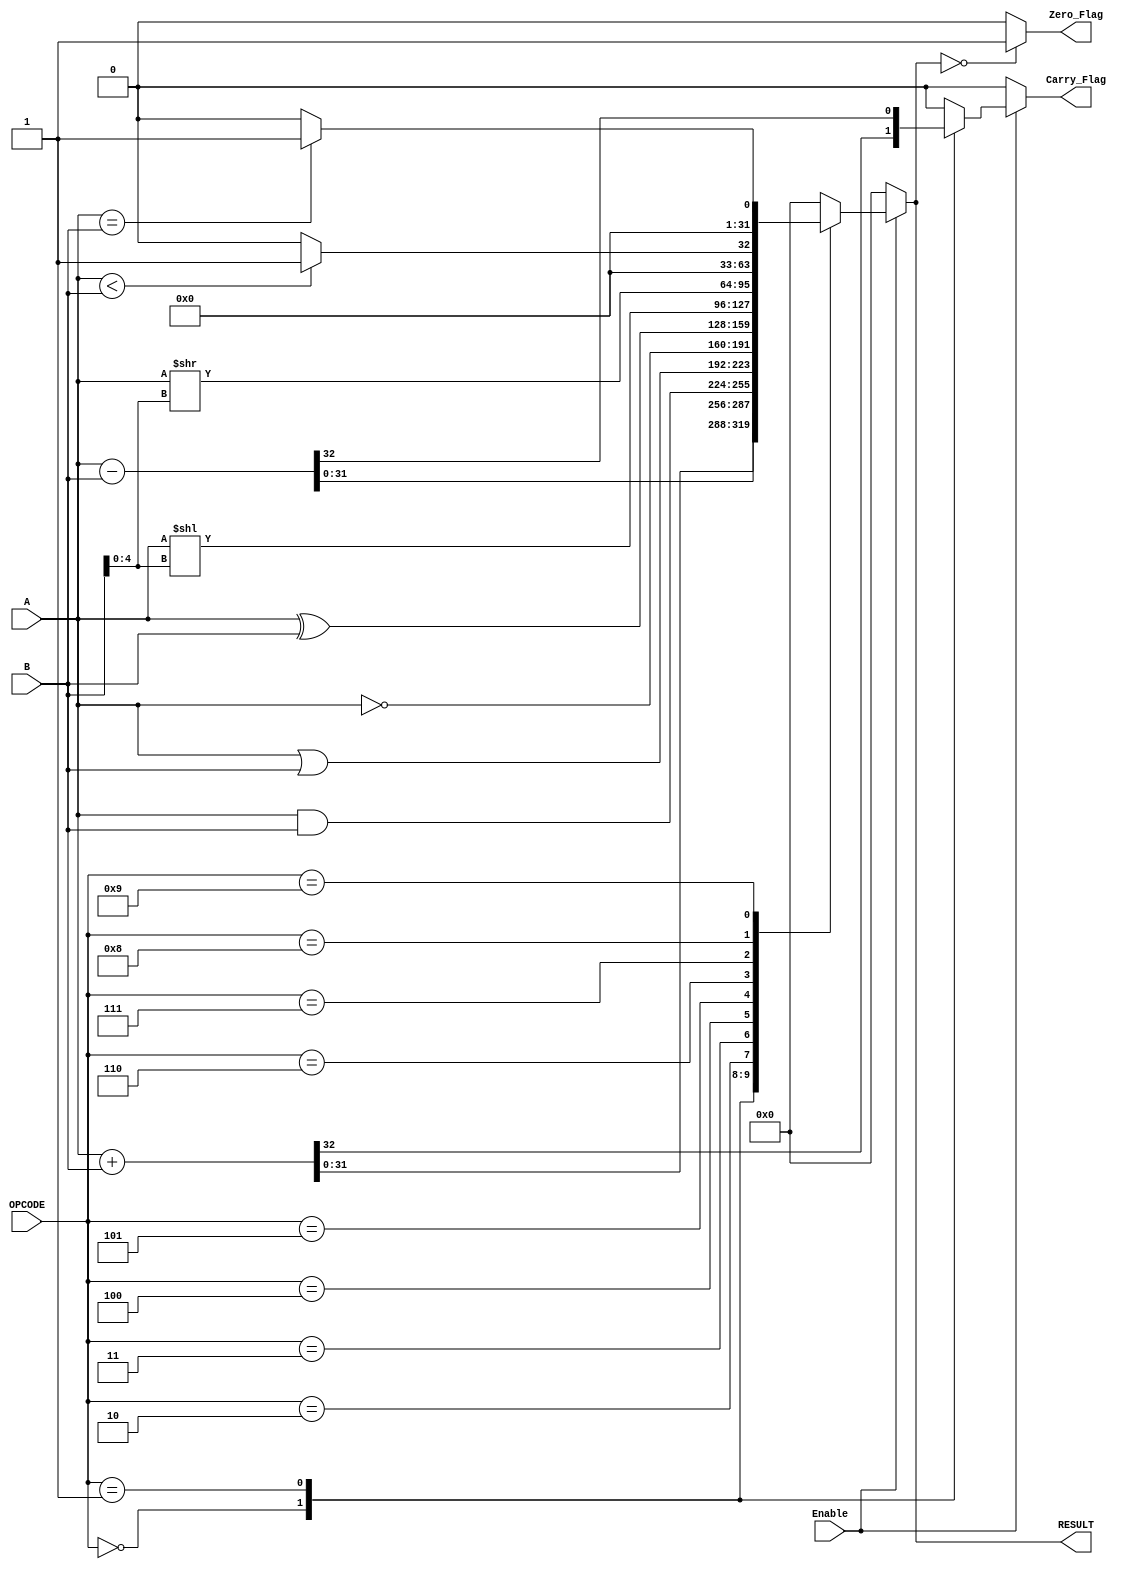
module Parameterized_ALU #(
    parameter DATA_WIDTH = 32,           // Width of input/output data
    parameter OPERATION_WIDTH = 4         // Number of operation select bits
)(
    input  wire [DATA_WIDTH-1:0] A,      // First operand
    input  wire [DATA_WIDTH-1:0] B,      // Second operand
    input  wire [OPERATION_WIDTH-1:0] OPCODE, // Operation select
    input  wire Enable,                   // Enable signal
    output reg  [DATA_WIDTH-1:0] RESULT, // ALU result
    output reg  Zero_Flag,                // Zero flag
    output reg  Carry_Flag                // Carry flag
);

    // Define operation codes
    localparam ADD        = 4'b0000;
    localparam SUB        = 4'b0001;
    localparam AND        = 4'b0010;
    localparam OR         = 4'b0011;
    localparam NOT        = 4'b0100;
    localparam XOR        = 4'b0101;
    localparam SLL        = 4'b0110;      // Shift Left Logical
    localparam SRL        = 4'b0111;      // Shift Right Logical
    localparam SLT        = 4'b1000;      // Set Less Than
    localparam EQ         = 4'b1001;      // Equal

    always @(*) begin
        if (Enable) begin
            case (OPCODE)
                ADD: begin
                    {Carry_Flag, RESULT} = A + B; // Capture carry
                end
                SUB: begin
                    {Carry_Flag, RESULT} = A - B; // Capture carry
                end
                AND: begin
                    RESULT = A & B;
                    Carry_Flag = 1'b0; // No carry for logical operations
                end
                OR: begin
                    RESULT = A | B;
                    Carry_Flag = 1'b0; // No carry for logical operations
                end
                NOT: begin
                    RESULT = ~A; // Assuming A is the target for NOT
                    Carry_Flag = 1'b0; // No carry for logical operations
                end
                XOR: begin
                    RESULT = A ^ B;
                    Carry_Flag = 1'b0; // No carry for logical operations
                end
                SLL: begin
                    RESULT = A << B[4:0]; // Shift left by lower 5 bits of B
                    Carry_Flag = 1'b0; // No carry for shift operations
                end
                SRL: begin
                    RESULT = A >> B[4:0]; // Shift right by lower 5 bits of B
                    Carry_Flag = 1'b0; // No carry for shift operations
                end
                SLT: begin
                    RESULT = (A < B) ? 1 : 0; // Set less than
                    Carry_Flag = 1'b0; // No carry for comparison
                end
                EQ: begin
                    RESULT = (A == B) ? 1 : 0; // Equal comparison
                    Carry_Flag = 1'b0; // No carry for comparison
                end
                default: begin
                    RESULT = 0; // Default case
                    Carry_Flag = 1'b0; // No carry
                end
            endcase
        end else begin
            RESULT = 0; // If not enabled, output zero
            Carry_Flag = 1'b0; // No carry
        end

        // Set Zero Flag
        Zero_Flag = (RESULT == 0) ? 1'b1 : 1'b0;
    end
endmodule